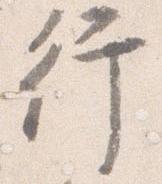
行